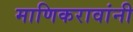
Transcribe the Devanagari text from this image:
माणिकरावांनी